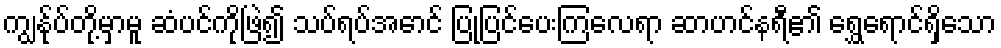
ကျွန်ုပ်တို့မှာမူ ဆံပင်ကိုဖြဲ၍ သပ်ရပ်အောင် ပြုပြင်ပေးကြလေရာ ဆာဟင်နရီ၏ ရွှေရောင်ရှိသော